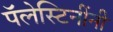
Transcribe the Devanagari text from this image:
पॅलेस्टिनींनी